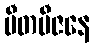
ပီတဗီဇနေ